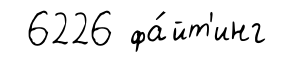
6226 фа́йт'инг